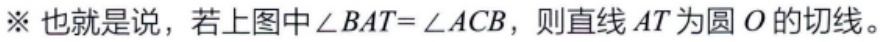
※也就是说，若上图中\(\angle BAT = \angle ACB\)，则直线\(AT\)为圆\(O\)的切线。